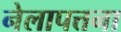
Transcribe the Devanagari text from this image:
नेलापत्तना